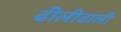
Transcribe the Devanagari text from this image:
ढीलीढाली